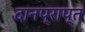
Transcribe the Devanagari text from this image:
दानप्राप्त